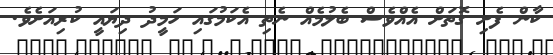
ކާން ފެށި ގޮތަށް އެއްވެސް ބެލުމެއް ނެތި އެކަމުގައި ހަމީދު ދިޔައީ ކުރިއަށެވެ.